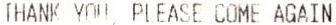
THANK YOU, PLEASE COME AGAIN